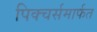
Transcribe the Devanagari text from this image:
पिक्चर्समार्फत